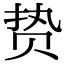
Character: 贽